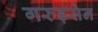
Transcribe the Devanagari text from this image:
गरुड़सेन